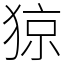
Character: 猄